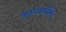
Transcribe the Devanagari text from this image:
काव्यपंक्ति